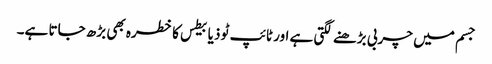
جسم میں چربی بڑھنے لگتی ہے اور ٹائپ ٹو ذیابیطس کا خطرہ بھی بڑھ جاتا ہے۔